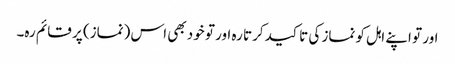
اور تو اپنے اہل کو نماز کی تا کید کرتا رہ اور تو خود بھی اس (نماز) پر قائم رہ۔